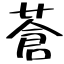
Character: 蒼